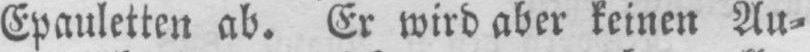
Epauletten ab. Er wird aber keinen Au⸗